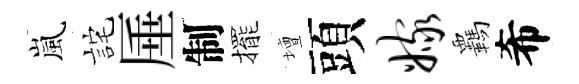
嵐詫厜制擺壇頭嫁覊希